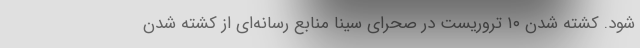
شود. کشته شدن ۱۰ تروریست در صحرای سینا منابع رسانه‌ای از کشته شدن